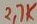
Text: 2,7K